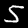
Label: 5